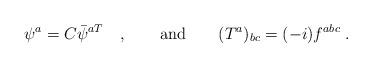
LaTeX: \begin{align*}\psi^a = C \bar{\psi}^{aT} \quad , \qquad \mbox{and} \qquad (T^a)_{bc} = (-i) f^{abc} \; .\end{align*}